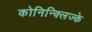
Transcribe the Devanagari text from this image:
कोनिन्क्लिज्के